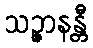
သဉ္ဇာနန္တီ